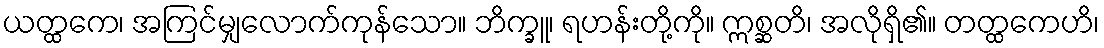
ယတ္ထကေ၊ အကြင်မျှလောက်ကုန်သော။ ဘိက္ခူ၊ ရဟန်းတို့ကို။ ဣစ္ဆတိ၊ အလိုရှိ၏။ တတ္ထကေဟိ၊